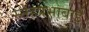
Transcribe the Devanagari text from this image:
स्नेहप्रभाबाई